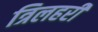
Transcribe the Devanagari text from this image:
त्रिलहरी